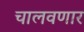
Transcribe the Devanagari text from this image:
चालवणार